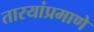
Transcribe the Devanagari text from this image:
तारयांप्रमाणे